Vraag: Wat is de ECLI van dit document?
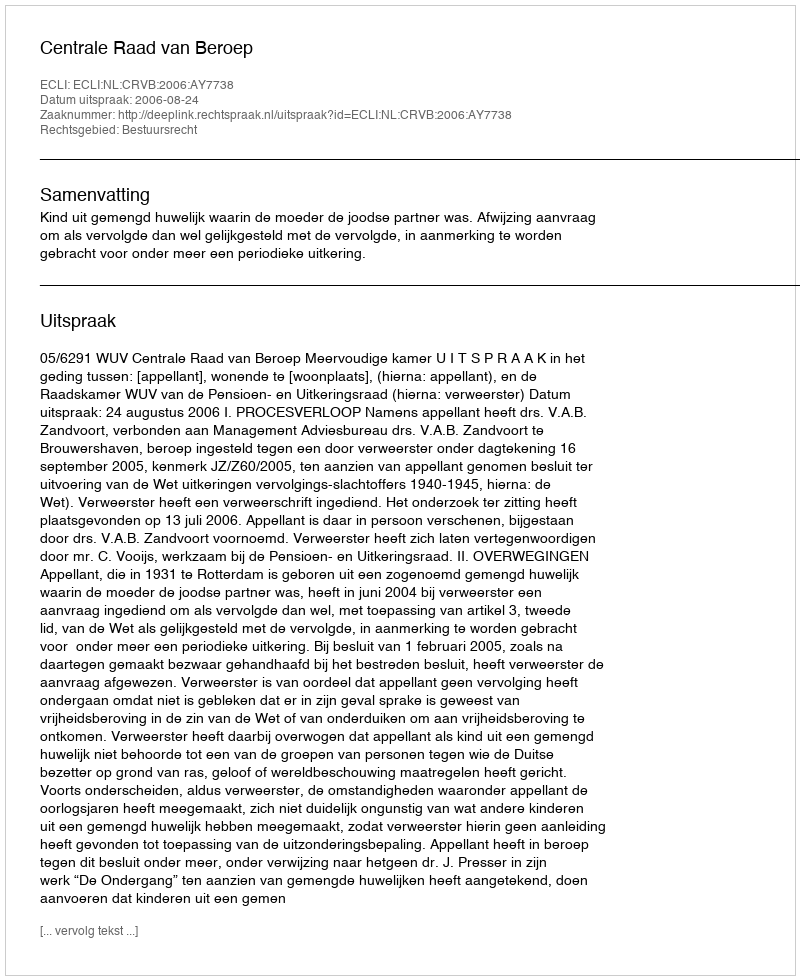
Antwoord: ECLI:NL:CRVB:2006:AY7738